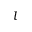
l